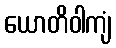
ယောတိဝါကျံ